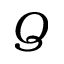
Q